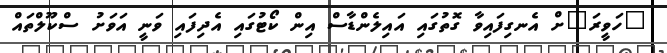
"ހަވީރަ"ށް އެނގިފައިވާ ގޮތުގައި އައިލެންޑާސް އިން ކޯޓުގައި އެދިފައި ވަނީ އަވަށު ސްކޫލްތައް